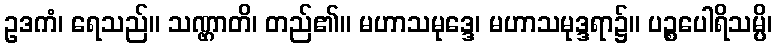
ဥဒကံ၊ ရေသည်။ သဏ္ဌာတိ၊ တည်၏။ မဟာသမုဒ္ဒေ၊ မဟာသမုဒ္ဒရာ၌။ ပဉ္စပေါရိသမ္ပိ၊